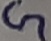
Text: G